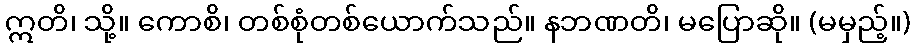
ဣတိ၊ သို့။ ကောစိ၊ တစ်စုံတစ်ယောက်သည်။ နဘဏတိ၊ မပြောဆို။ (မမှည့်။)